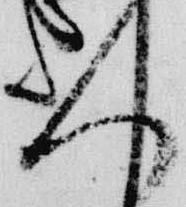
人